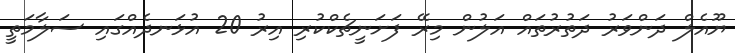
ޔޫއެލް ދަންވަރު ދަތުރުތައް އަލުން މިރޭ ފަށަނީޗެކްކުރި އިރު 20 އުޅަނދެއްގައި ސަލާމަތީ